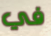
في